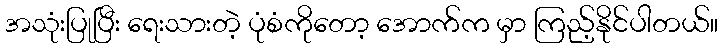
အသုံးပြုပြီး ရေးသားတဲ့ ပုံစံကိုတော့ အောက်က မှာ ကြည့်နိုင်ပါတယ်။